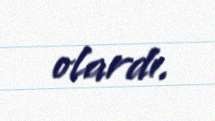
olardı.